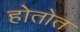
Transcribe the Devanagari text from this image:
होतोत